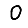
Digit: 0